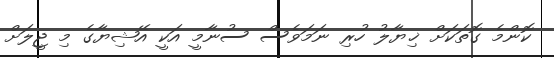
ކޮންމެ ގޮތަކަށް ޚިޔާލު ހުރި ނަމަވެސް ސުނާމީ އަކީ އޭޝިޔާގެ މި ޖީލަށް